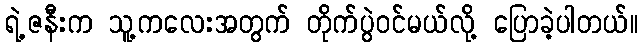
ရဲ့ဇနီးက သူ့ကလေးအတွက် တိုက်ပွဲဝင်မယ်လို့ ပြောခဲ့ပါတယ်။